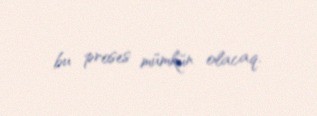
bu proses mümkün olacaq.